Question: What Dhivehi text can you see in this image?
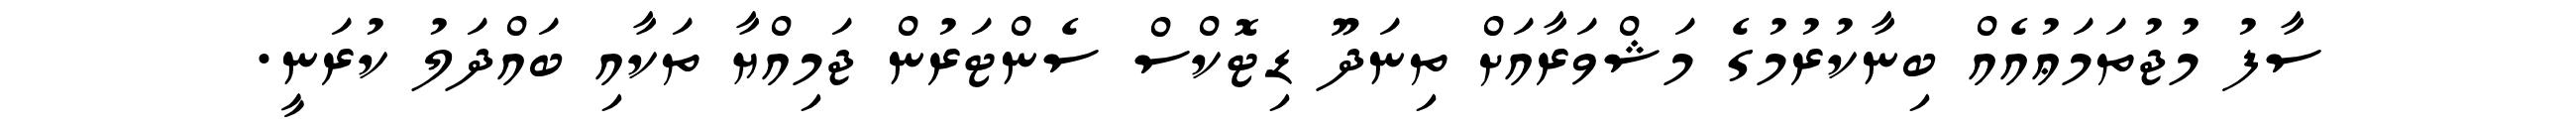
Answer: ސާފު މުޖުތަމަޢުއެއް ބިނާކުރުމުގެ މަޝްވަރާއަށް ތިނަދޫ ޑިޓޮކްސް ސެންޓަރުން ޖަމިއްޔާ ތަކާއި ބައްދަލު ކުރަނީ.